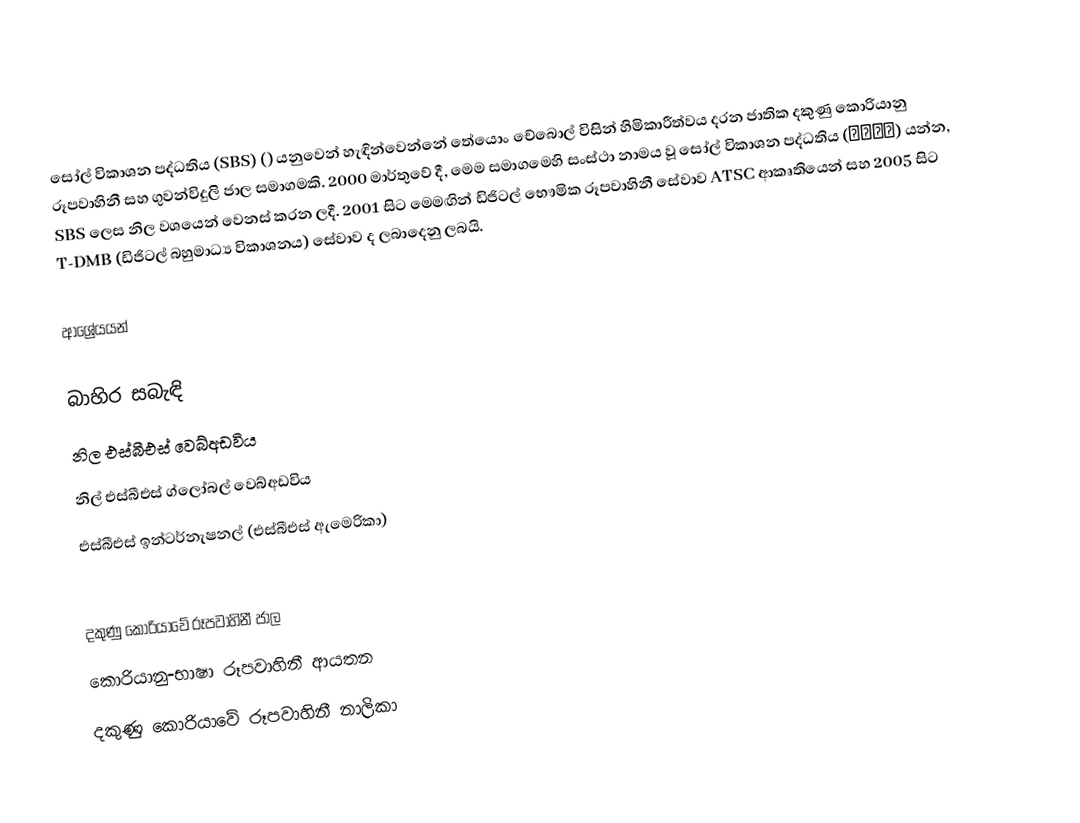
සෝල් විකාශන පද්ධතිය (SBS) () යනුවෙන් හැඳින්වෙන්නේ තේයොං චේබොල් විසින් හිමිකාරීත්වය දරන ජාතික දකුණු කොරියානු රූපවාහිනී සහ ගුවන්විදුලි ජාල සමාගමකි. 2000 මාර්තුවේ දී, මෙම සමාගමෙහි සංස්ථා නාමය වූ සෝල් විකාශන පද්ධතිය (서울방송) යන්න, SBS ලෙස නිල වශයෙන් වෙනස් කරන ලදී. 2001 සිට මෙමඟින් ඩිජිටල් භෞමික රූපවාහිනී සේවාව ATSC ආකෘතියෙන් සහ 2005 සිට T-DMB (ඩිජිටල් බහුමාධ්‍ය විකාශනය) සේවාව ද ලබාදෙනු ලබයි.

ආශ්‍රේයයන්

බාහිර සබැඳි
 නිල එස්බීඑස් වෙබ්අඩවිය
 නිල් එස්බීඑස් ග්ලෝබල් වෙබ්අඩවිය
 එස්බීඑස් ඉන්ටර්නැෂනල් (එස්බීඑස් ඇමෙරිකා)

දකුණු කොරියාවේ රූපවාහිනී ජාල
කොරියානු-භාෂා රූපවාහිනී ආයතන
දකුණු කොරියාවේ රූපවාහිනී නාලිකා